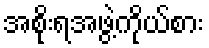
အစိုးရအဖွဲ့ကိုယ်စား